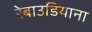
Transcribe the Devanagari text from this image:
रेबाउडियाना